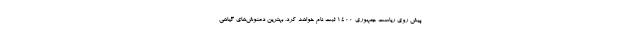
پیش روی ریاست جمهوری ۱۴۰۰ ثبت نام خواهد کرد. بهترین دمنوش‌های گیاهی